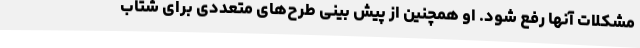
مشکلات آنها رفع شود. او همچنین از پیش بینی طرح‌های متعددی برای شتاب